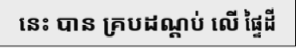
នេះ បាន គ្របដណ្តប់ លើ ផ្ទៃដី